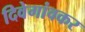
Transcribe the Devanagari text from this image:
दिवेगांवकर